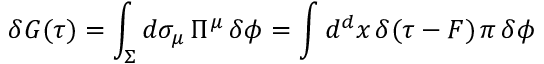
\delta G ( \tau ) = \int _ { \Sigma } d \sigma _ { \mu } \, \Pi ^ { \mu } \, \delta \phi = \int d ^ { d } x \, \delta ( \tau - F ) \, \pi \, \delta \phi \;